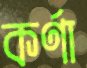
কর্ণা